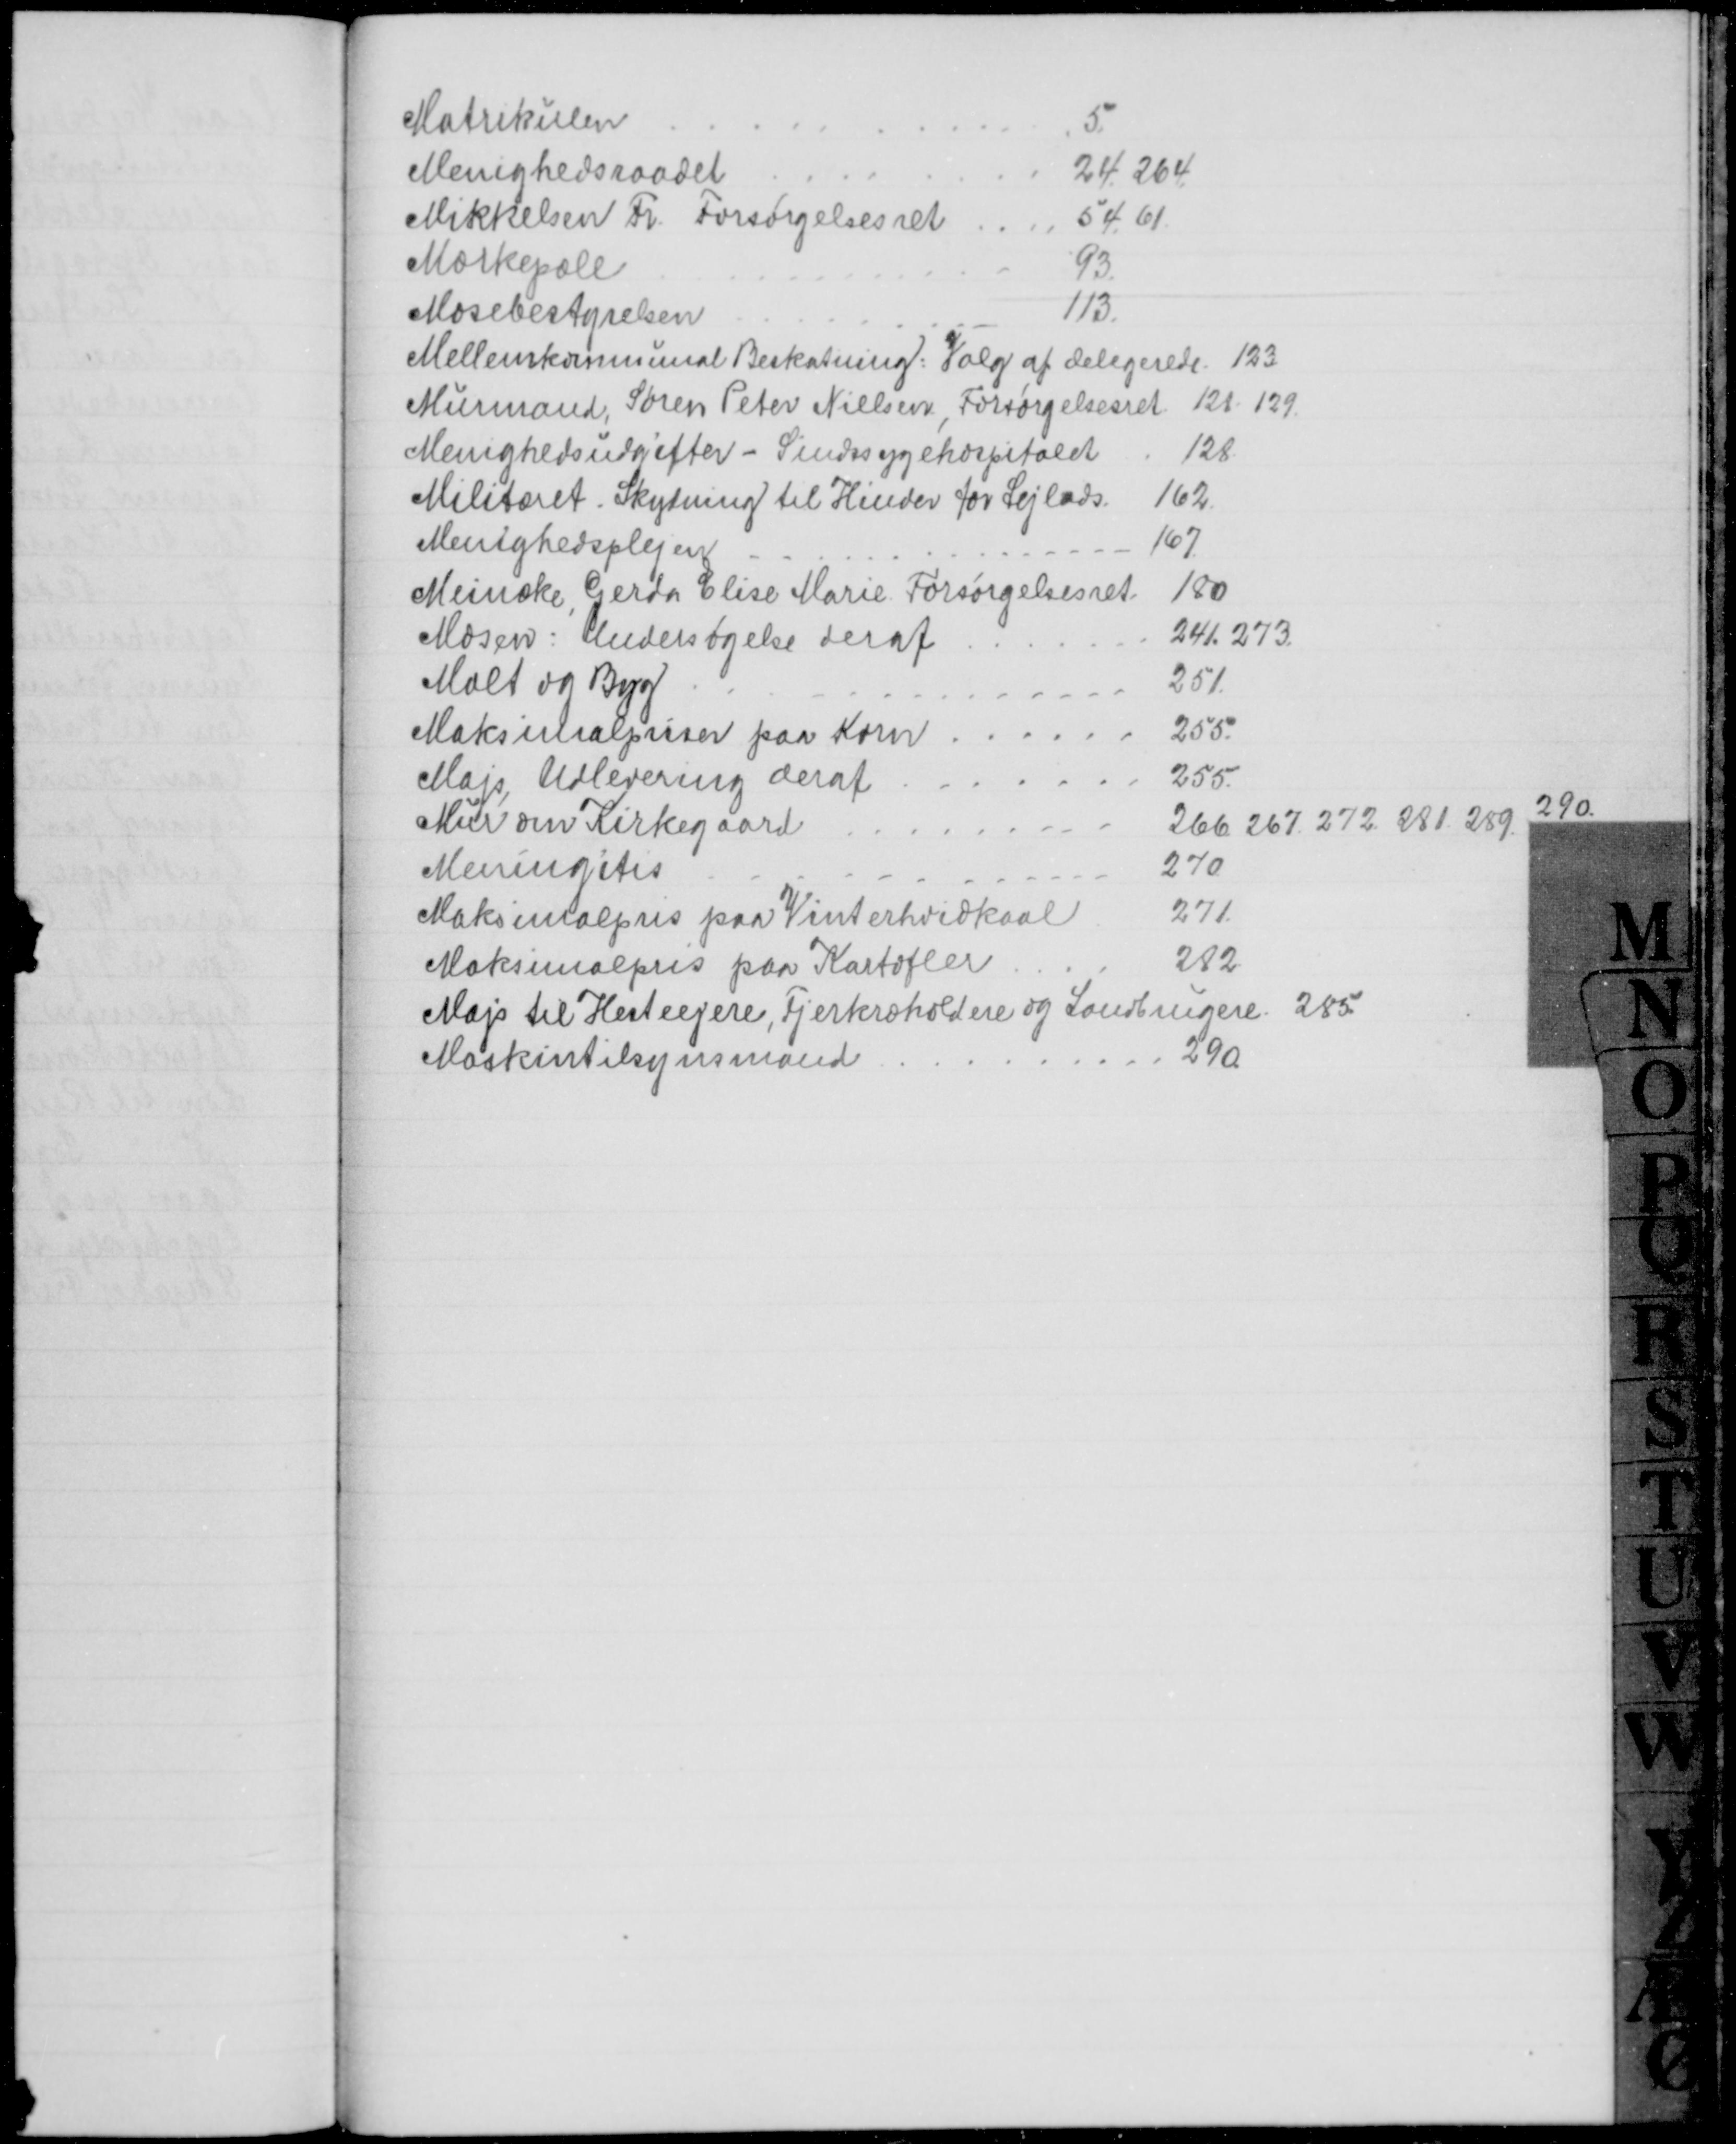
Transskription:
Matrikulen
5.
Menighedsraadet
24. 264.
Mikkelsen Fr. Forsørgelsesret
54. 61
Mærkepæle
93.
Mosebestyrelsen
113.
Mellemkommunal Beskatning: Valg af delegerede. 123
Murmand, Søren Peter Nielsen Forsørgelsesret. 121, 129.
Menighedsudgifter - Sindssygehospitalet
128
Militæret. Skydning til Hinder for Sejlads.
162.
Menighedsplejen
167
Meincke, Gerda Elise Marie Forsørgelsesret
180
Mosen: Undersøgelse deraf
241. 273.
Malt og Byg
251.
Maksimalpriser paa Korn
255.
Majs Udlevering deraf
255.
Mur om Kirkegaard
266. 267. 272. 281. 289. 290.
Meningitis
270.
Maksimalpris paa Vinterhvidkaal
271.
Maksimalpris paa Kartofler
282
Majs til Hesteejere, Fjerkræholdere og Landbrugere. 285
Maskintilsynsmand
290